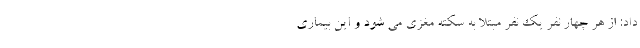
داد: از هر چهار نفر یک نفر مبتلا به سکته مغزی می شود و این بیماری